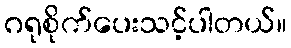
ဂရုစိုက်ပေးသင့်ပါတယ်။